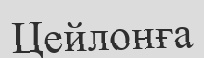
Цейлонға